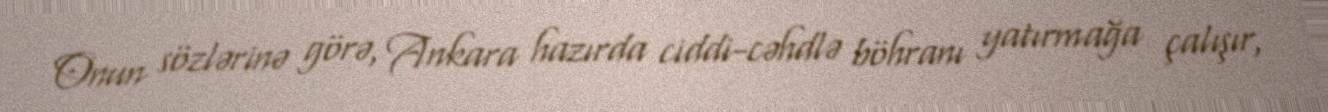
Onun sözlərinə görə, Ankara hazırda ciddi-cəhdlə böhranı yatırmağa çalışır,